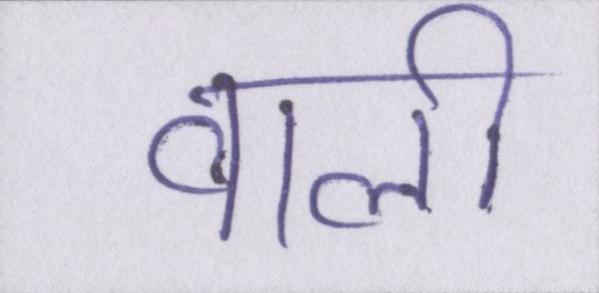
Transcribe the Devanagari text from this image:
वाली